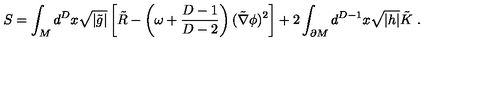
S = \int _ { M } d ^ { D } x \sqrt { | \tilde { g } | } \left[ \tilde { R } - \left( \omega + { \frac { D - 1 } { D - 2 } } \right) ( \tilde { \nabla } \phi ) ^ { 2 } \right] + 2 \int _ { \partial M } d ^ { D - 1 } x \sqrt { | h | } \tilde { K } \ .